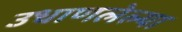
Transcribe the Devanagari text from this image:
उधाणलेल्‍या